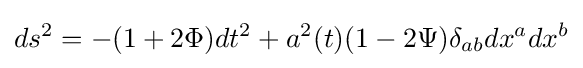
ds^{2}=-(1+2\Phi )dt^{2}+a^{2}(t)(1-2\Psi )\delta _{ab}dx^{a}dx^{b}